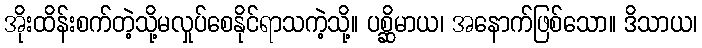
အိုးထိန်းစက်တဲ့သို့မလှုပ်စေနိုင်ရာသကဲ့သို့။ ပစ္ဆိမာယ၊ အနောက်ဖြစ်သော။ ဒိသာယ၊